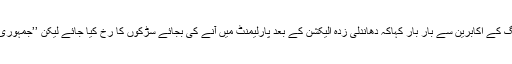
سبھی جانتے ہیں کہ عام انتخابات کے فوراََ بعد مولانا فضل الرحمٰن نے پیپلزپارٹی اور نوازلیگ کے اکابرین سے بار بار کہاکہ دھاندلی زدہ الیکشن کے بعد پارلیمنٹ میں آنے کی بجائے سڑکوں کا رُخ کیا جائے لیکن ’’جمہوری نیّا‘‘ کو ڈگمگاتا ہوا دیکھ کر پیپلزپارٹی اور نوازلیگ نے پارلیمنٹ کا پلیٹ فارم ہی بہتر جانا۔